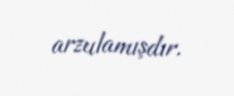
arzulamışdır.